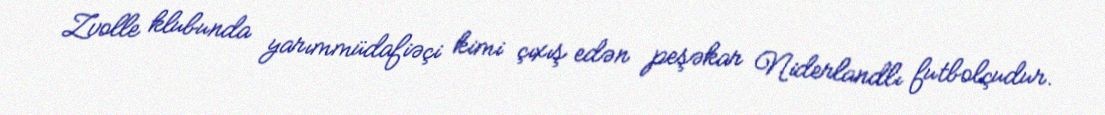
Zvolle klubunda yarımmüdafiəçi kimi çıxış edən peşəkar Niderlandlı futbolçudur.